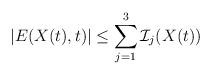
LaTeX: \begin{align*}|E(X(t),t)|\leq \sum_{j=1}^3{\mathcal{I}}_j(X(t))\end{align*}